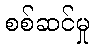
စစ်ဆင်မှု